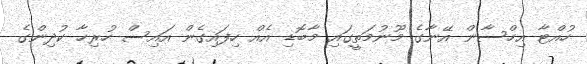
ހުއްޓާ އިހްސާން އޭނާގެ މޫނުމަތީގައި މާބޮޑި އެއް ހިފައިގެން އައިސް ހުރިހާ ކުދިންގެ